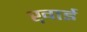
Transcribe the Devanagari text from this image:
ख़ाई